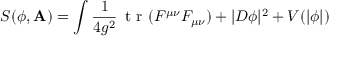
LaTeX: S ( \phi , \mathbf { A } ) = \int { \frac { 1 } { 4 g ^ { 2 } } } \mathop { \textrm { t r } } ( F ^ { \mu \nu } F _ { \mu \nu } ) + | D \phi | ^ { 2 } + V ( | \phi | )